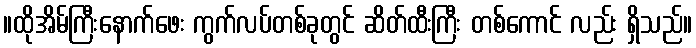
။ထိုအိမ်ကြီးနောက်ဖေး ကွက်လပ်တစ်ခုတွင် ဆိတ်ထီးကြီး တစ်ကောင် လည်း ရှိသည်။